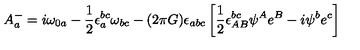
A _ { a } ^ { - } = i \omega _ { 0 a } - { \frac { 1 } { 2 } } \epsilon _ { a } ^ { b c } \omega _ { b c } - ( 2 \pi G ) \epsilon _ { a b c } \left[ { \frac { 1 } { 2 } } \epsilon ^ { b c } _ { A B } \psi ^ { A } e ^ { B } - i \psi ^ { b } e ^ { c } \right]